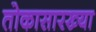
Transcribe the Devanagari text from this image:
तोकासारख्या